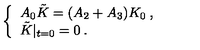
\left\{ \begin{array} { l } { A _ { 0 } \tilde { K } = ( A _ { 2 } + A _ { 3 } ) K _ { 0 } \: , } \\ { \tilde { K } | _ { t = 0 } = 0 \: . } \\ \end{array} \right.